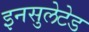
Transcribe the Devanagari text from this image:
इनसुलेटेड